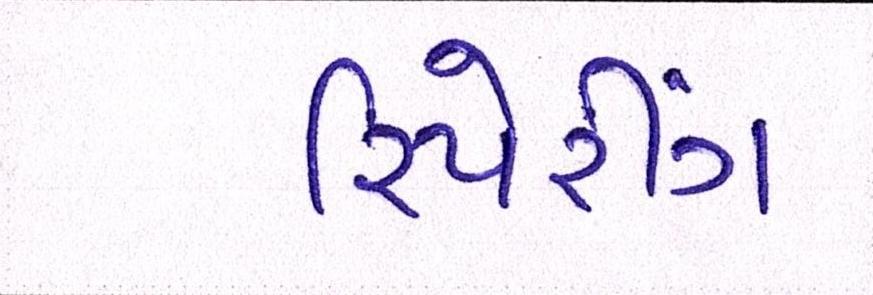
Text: રિપેરીંગ